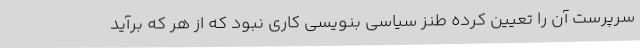
سرپرست آن را تعیین کرده طنز سیاسی بنویسی کاری نبود که از هر که برآید